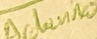
Text: Ardiuno